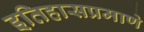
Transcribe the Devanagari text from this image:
इतिहासप्रमाणे